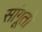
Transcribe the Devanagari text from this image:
सांगूतो